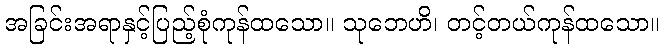
အခြင်းအရာနှင့်ပြည့်စုံကုန်ထသော။ သုဘေဟိ၊ တင့်တယ်ကုန်ထသော။